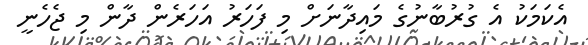
އެކަމަކު އެ ގުރުބާނުގެ މައިދާނަށް މި ފަހަރު އަހަރެން ދާން މި ޖެހެނީ